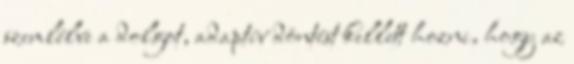
szemlélve a dolgot, adaptív döntést kellett hozni, hogy az